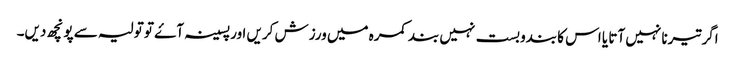
اگر تیرنا نہیں آتا یا اس کا بندوبست نہیں بند کمرہ میں ورزش کریں اور پسینہ آۓ تو تولیہ سے پونچھ دیں۔